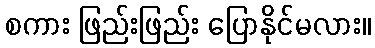
စကား ဖြည်းဖြည်း ပြောနိုင်မလား။